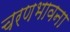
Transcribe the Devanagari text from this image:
चरणभावना